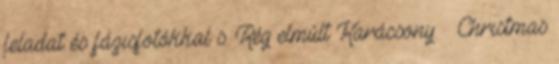
feladat és fázisfotókkal s. Rég elmúlt Karácsony. Christmas